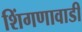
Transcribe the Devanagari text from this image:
शिंगणावाडी